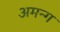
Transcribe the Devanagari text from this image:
अमन्ग